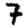
Digit: 7